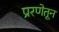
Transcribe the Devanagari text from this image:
प्ररणेतून